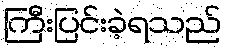
ကြီးပြင်းခဲ့ရသည်